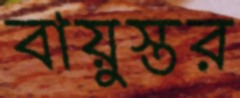
বায়ুস্তর